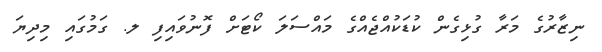
ނިޒާރުގެ މަރާ ގުޅިގެން ކުޑަކުއްޖެއްގެ މައްސަލަ ކޯޓަށް ފޮނުވައިފި ލ. ގަމުގައި މިދިޔަ